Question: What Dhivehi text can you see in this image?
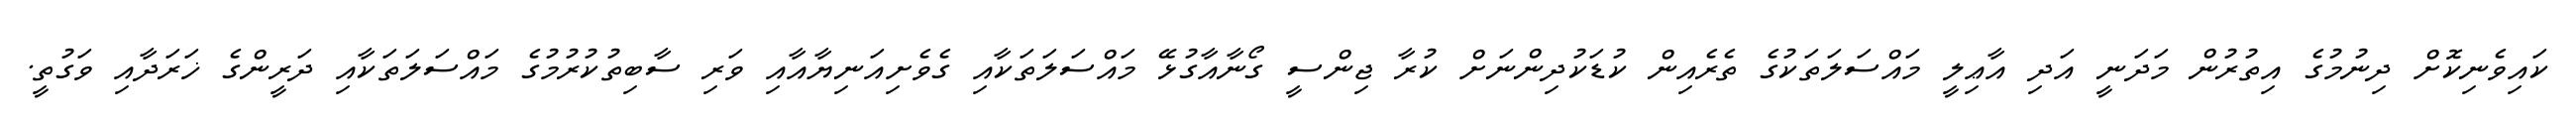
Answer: ކައިވެނިކޮށް ދިނުމުގެ އިތުރުން މަދަނީ އަދި އާޢިލީ މައްސަލަތަކުގެ ތެރެއިން ކުޑަކުދިންނަށް ކުރާ ޖިންސީ ގޯނާއާގުޅޭ މައްސަލަތަކާއި ގެވެށިއަނިޔާއާއި ވަރި ސާބިތުކުރުމުގެ މައްސަލަތަކާއި ދަރީންގެ ޚަރަދާއި ވަގުތީ.